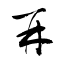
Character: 再